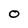
Character: O